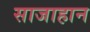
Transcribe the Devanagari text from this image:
साजाहान